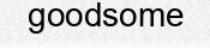
goodsome